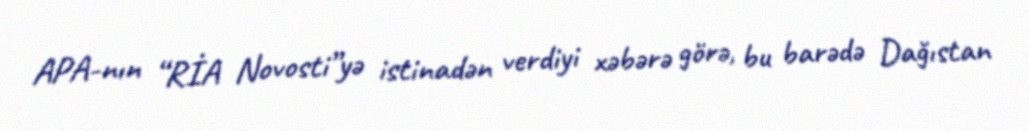
APA-nın “RİA Novosti”yə istinadən verdiyi xəbərə görə, bu barədə Dağıstan